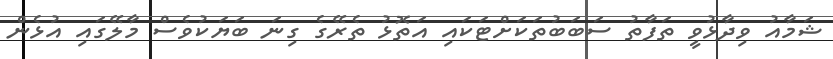
ޝަމާއު ވިދާޅުވީ ތަފާތު ސަބަބުތަކަށްޓަކައި އަތޮޅު ތެރޭގެ ގިނަ ބަޔަކުވެސް މާލޭގައި އުޅެން